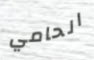
الحامي